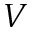
V